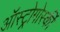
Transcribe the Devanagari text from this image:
ऑस्ट्रोगोर्स्की